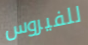
للفيروس